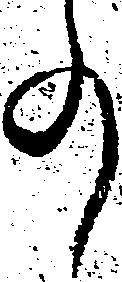
事